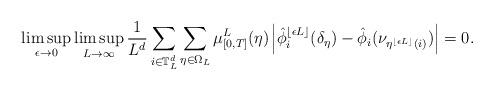
LaTeX: \begin{align*} \limsup_{\epsilon\to 0}\limsup_{L\to\infty}\frac 1{L^d}\sum_{i\in\mathbb T_L^d} \sum_{\eta\in\Omega_L}\mu^L_{[0,T]}(\eta)\;\!\Bigl|\hat \phi_i^{\lfloor \epsilon L\rfloor}(\delta_\eta) - \hat \phi_i(\nu_{\eta^{\lfloor \epsilon L\rfloor}(i)})\Bigr|= 0.\end{align*}